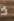
ذ